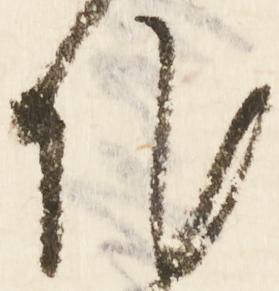
作